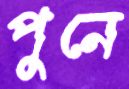
পুনে